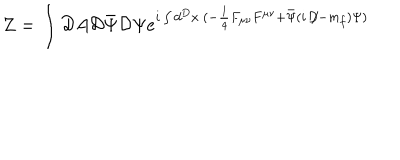
Z = \int { \cal D } A { \cal D } \bar { \Psi } { \cal D } \Psi e ^ { i \int d ^ { D } x \: ( - \frac { 1 } { 4 } F _ { \mu \nu } F ^ { \mu \nu } + \bar { \Psi } ( i \: \not \! D - m _ { f } ) \Psi ) }